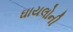
ઘાયલોની